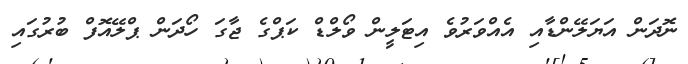
ނޮދަން އަޔަލޭންޑާއި އެއްވަރުވެ އިޓަލީން ވޯލްޑް ކަޕްގެ ޖާގަ ހޯދަން ޕްލޭއޮފް ބުރުުގައި